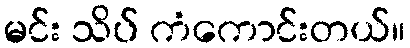
မင်း သိပ် ကံကောင်းတယ်။